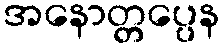
အနောတ္တပ္ပေန